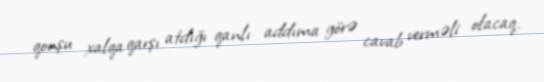
qonşu xalqa qarşı atdığı qanlı addıma görə cavab verməli olacaq.